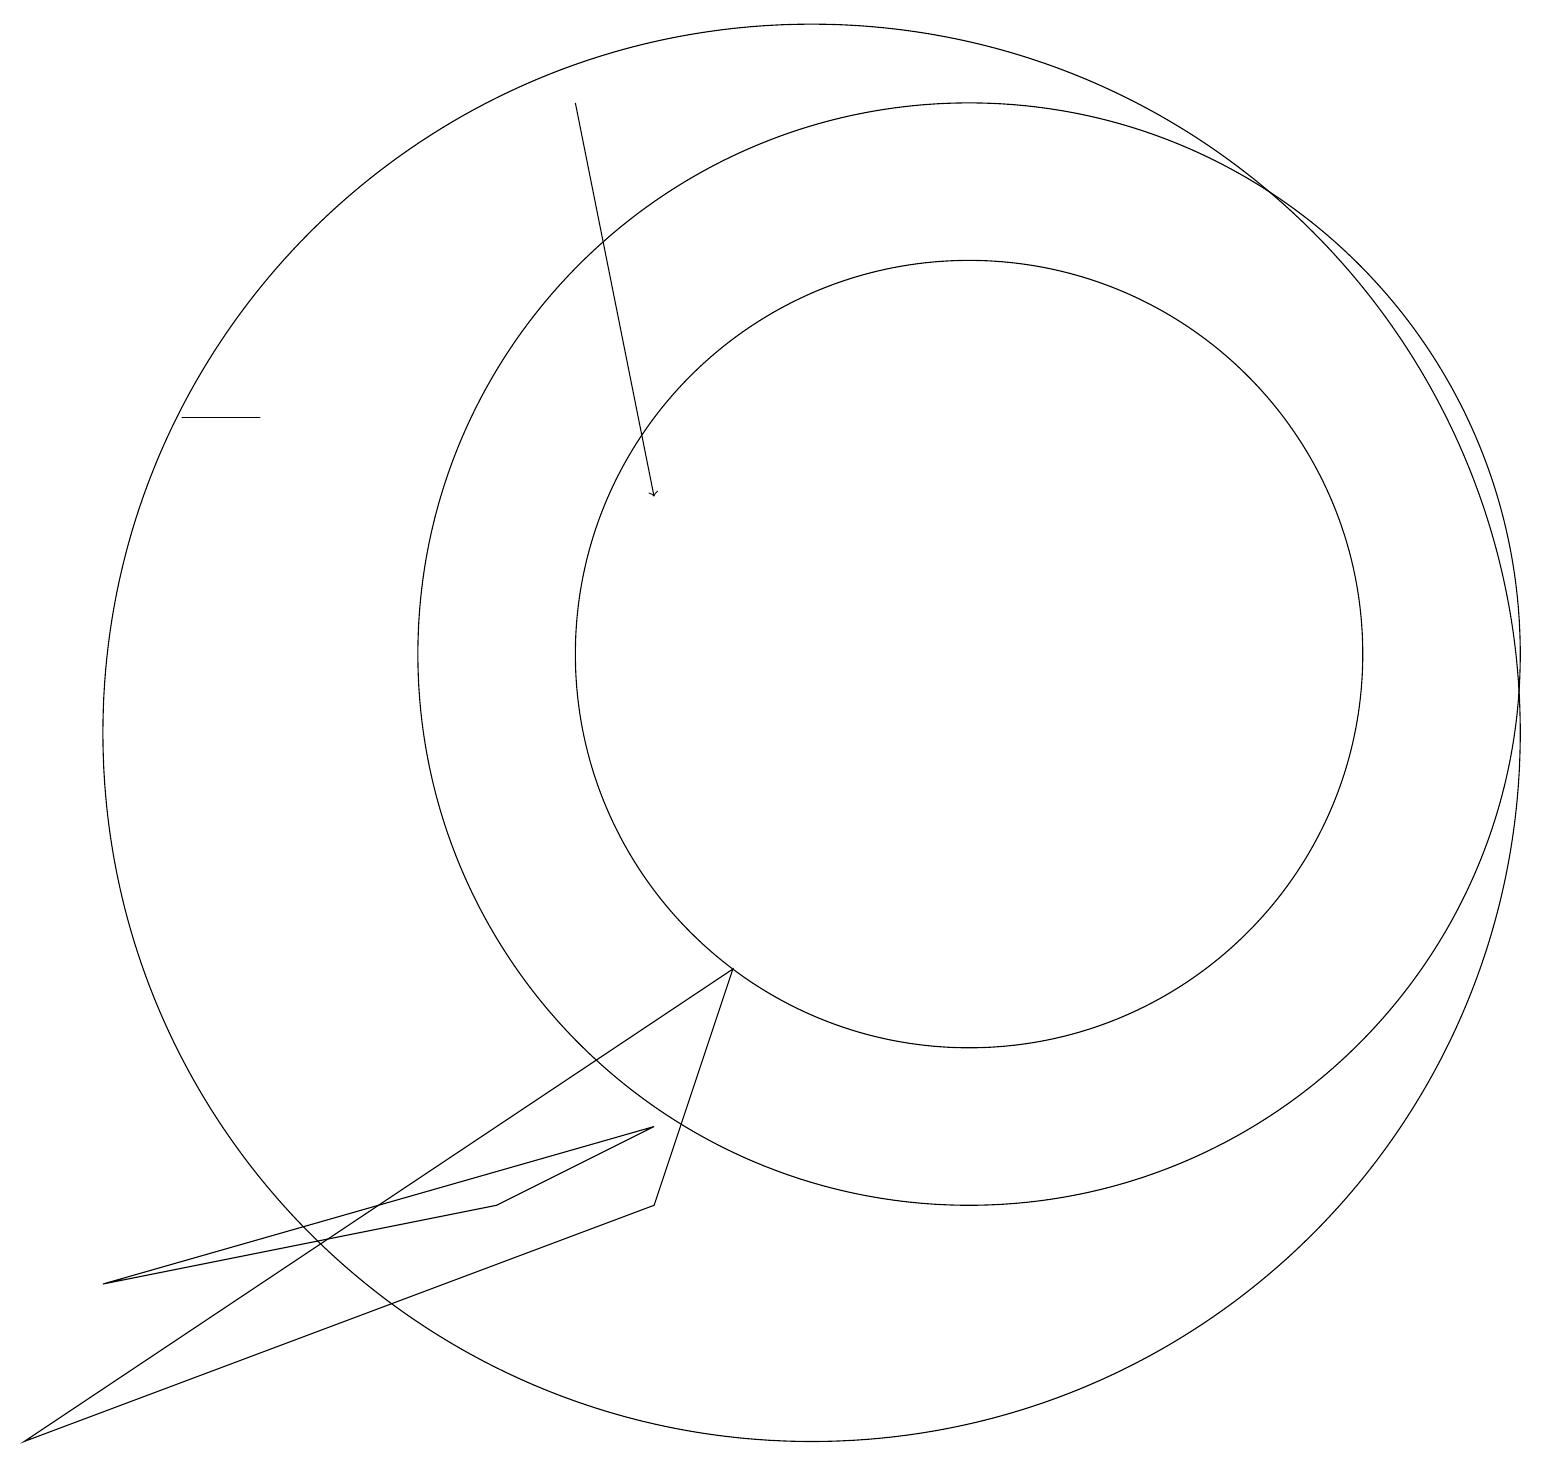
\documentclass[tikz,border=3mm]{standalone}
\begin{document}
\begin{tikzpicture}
\draw[->] (7,18) -- (8,13);
\draw (3,14) rectangle (2,14);
\draw (12,11) circle (5);
\draw (0,1) -- (9,7) -- (8,4) -- cycle;
\draw (10,10) circle (9);
\draw (6,4) -- (8,5) -- (1,3) -- cycle;
\draw (12,11) circle (7);
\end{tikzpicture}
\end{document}